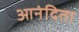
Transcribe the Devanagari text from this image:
आनंदिता